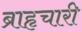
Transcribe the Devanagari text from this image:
ब्राहृचारी